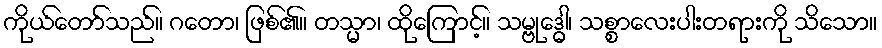
ကိုယ်တော်သည်။ ဂတော၊ ဖြစ်၏။ တသ္မာ၊ ထိုကြောင့်။ သမ္ဗုဒ္ဓေါ၊ သစ္စာလေးပါးတရားကို သိသော။